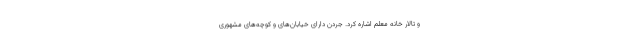
و تالار خانه معلم اشاره کرد. جردن دارای خیابان‌های و کوچه‌های مشهوری